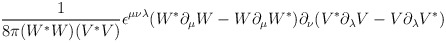
\begin{align*}\frac{1}{8\pi (W^*W) (V^*V)}\epsilon^{\mu\nu\lambda}(W^*\partial_\mu W-W\partial_\mu W^*)\partial_\nu(V^*\partial_\lambda V-V\partial_\lambda V^*)\end{align*}